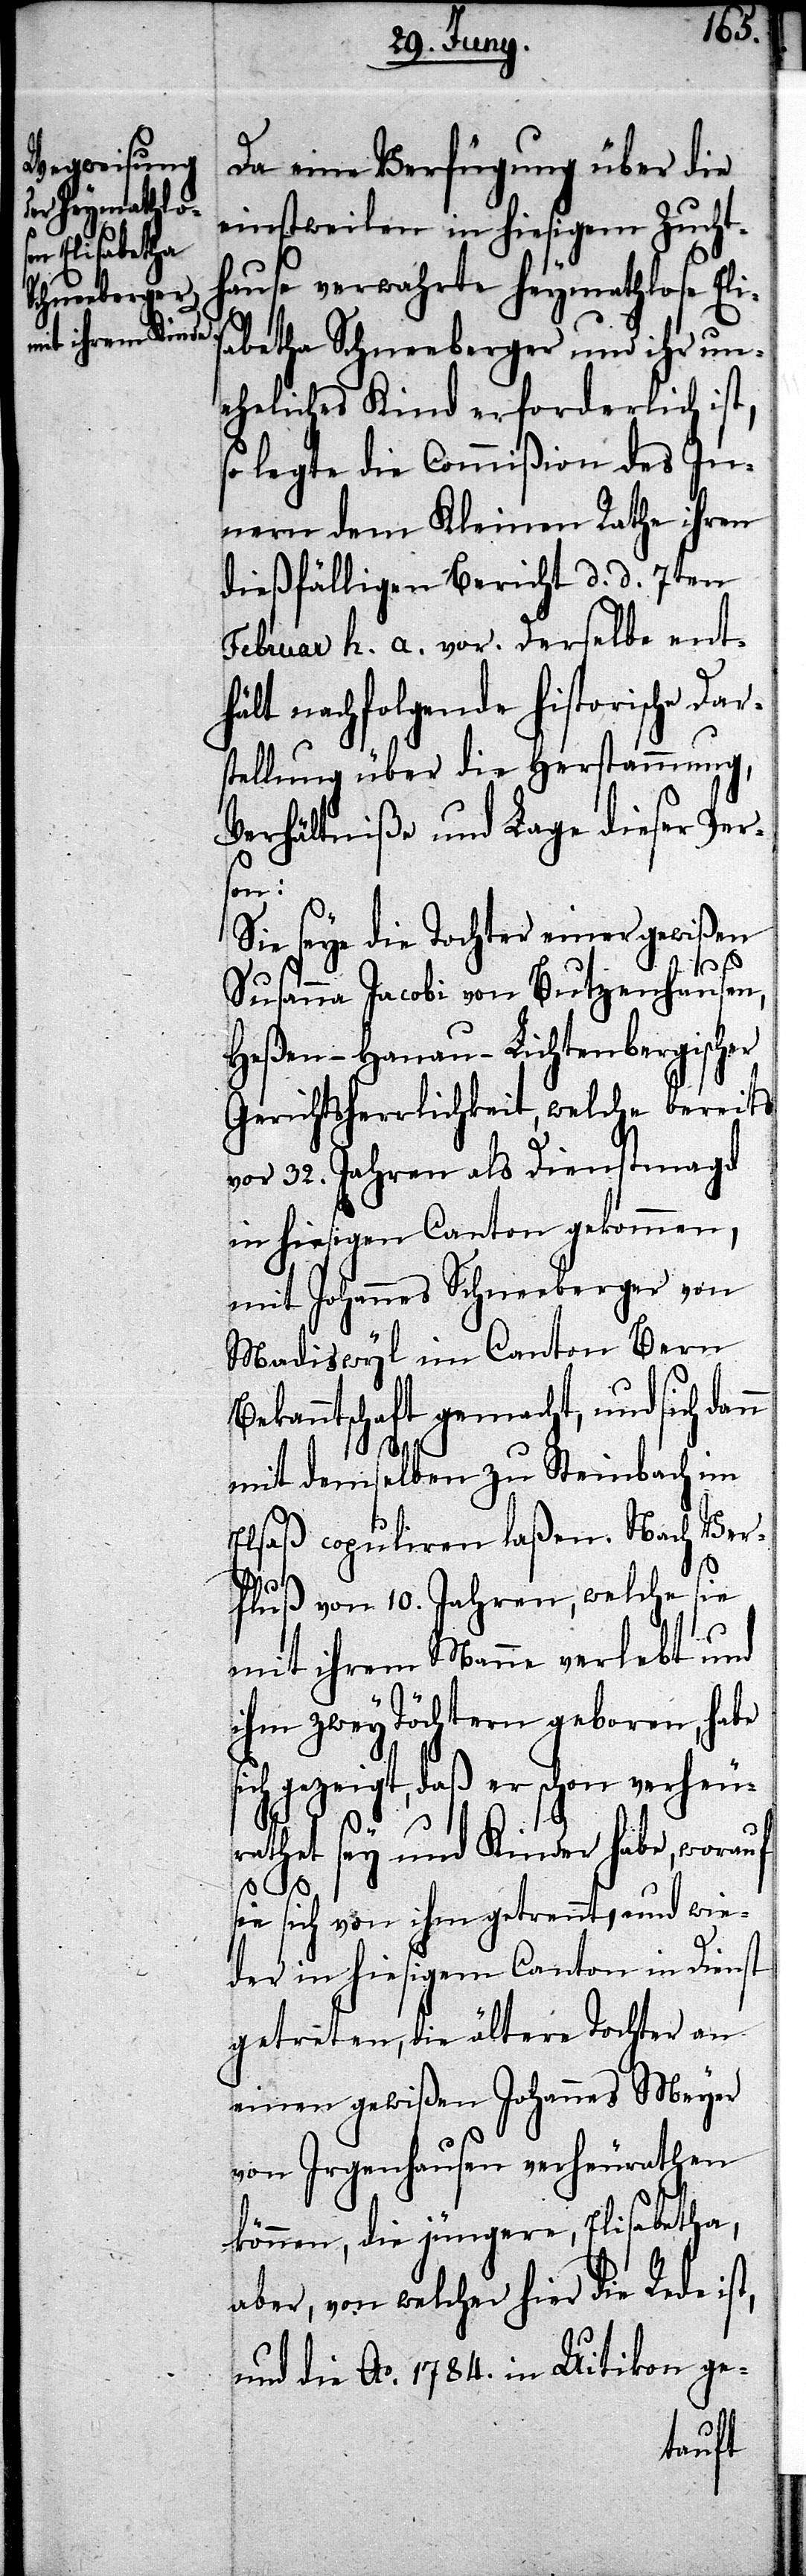
Da eine Verfügung über die
einstweilen in hiesigem Zucht¬
hause verwahrte heymathlose Eli¬
sabetha Schneeberger und ihr un¬
eheliches Kind erforderlich ist,
so legte die Commißion des In¬
nern dem Kleinen Rathe ihren
dießfälligen Bericht d. d. 7ten
Februar h. a. vor. Derselbe ent¬
hält nachfolgende historische Dar¬
stellung über die Herstammung,
Verhältniße und Lage dieser Pers¬
on:
Sie seye die Tochter einer gewißen
t,
Susanna Jacobi von Butzenhausen,
Heßen-Hanau-Lichtenbergischer
Gerichtsherrlichkeit, welche bereits
vor 32. Jahren als Dienstmagd
in hiesigen Canton gekommen,
mit Johannes Schneeberger von
Madiswyl im Canton Bern
Bekanntschaft gemacht, und sich dan¬
mit demselben zu Steinbach im
Elsaß copuliren laßen. Nach Ver¬
fluß von 10. Jahren, welche sie
mit ihrem Manne verlebt und
ihm zwey Töchtern geboren, habe
ich gezeigt, daß er schon verheu¬
rathet sey und Kinder habe, worauf
sie sich von ihm getrennt, und wie¬
der in hiesigem Canton in Dienst
getreten, die ältere Tochter an
einen gewißen Johannes Meyer
von Irgenhausen verheurathen
können, die jüngere, Elisabetha,
aber, von welcher hier die Rede is¬
und die Ao. 1784. in Uitikon ge-